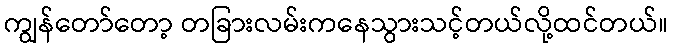
ကျွန်တော်တော့ တခြားလမ်းကနေသွားသင့်တယ်လို့ထင်တယ်။